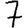
Digit: 7